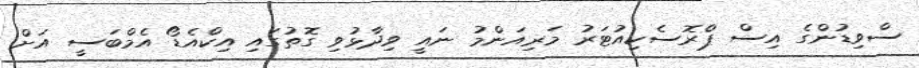
ސްވިޑުންގެ އިސް ޕްރޮސެކިއުޓަރު މަރިއަންމު ނައީ ވިދާޅުވި ގޮތުގައި އިކްއެޑޯ އެމްބަސީ އަށް